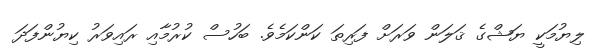
ލިޔުމަކީ ޔަޝްގެ ޤަލަން ވަރަށް ފަރިތަ ކަންކަމެވެ. ބަހުސް ކުރުމާއި ރައިވަރު ކިޔުންފަދަ